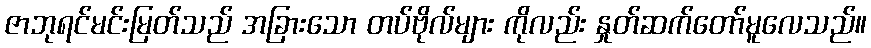
ဇာဘုရင်မင်းမြတ်သည် အခြားသော တပ်ဗိုလ်များ ကိုလည်း နှုတ်ဆက်တော်မူလေသည်။